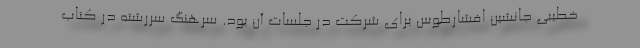
خطیبی جانشین افشارطوس برای شرکت در جلسات آن بود. سرهنگ سررشته در کتاب